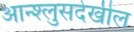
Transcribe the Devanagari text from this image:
आन्श्लुसदेखील